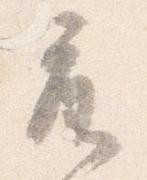
座